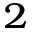
^ 2